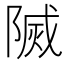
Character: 𨻒